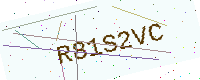
Text: R81S2VC